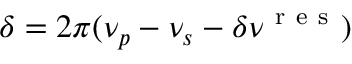
\delta = 2 \pi ( \nu _ { p } - \nu _ { s } - \delta \nu ^ { \mathrm { ~ r ~ e ~ s ~ } } )